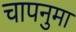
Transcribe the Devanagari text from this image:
चापनुमा